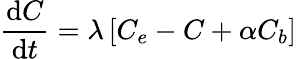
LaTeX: \frac{\mathrm{d}C}{\mathrm{d}t}=\lambda\left[C_{e}-C+\alpha C_{b}\right]